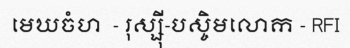
មេឃចំហ  - រុស្ស៊ី-បស្ចិមលោក - RFI